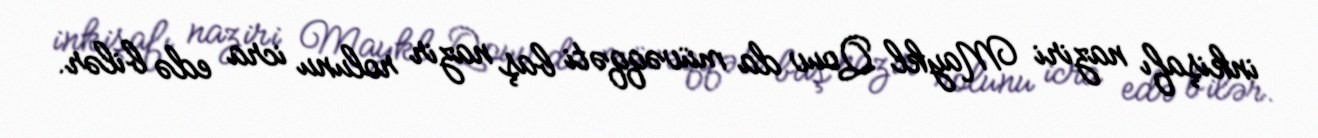
inkişafı naziri Maykl Qouv da müvəqqəti baş nazir rolunu icra edə bilər.